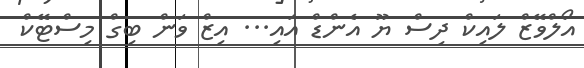
އޯލްވޭޒް ލައިކް ދިސް ޔޫ އެންޑް އައި... އިޒް ވަން ބިގް މިސްޓޭކް